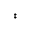
^ { \ddagger }